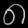
Digit: ၈